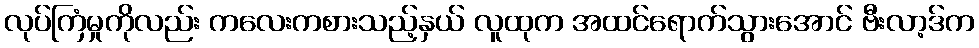
လုပ်ကြံမှုကိုလည်း ကလေးကစားသည့်နှယ် လူထုက အထင်ရောက်သွားအောင် ဗီးလာ့ဒ်က